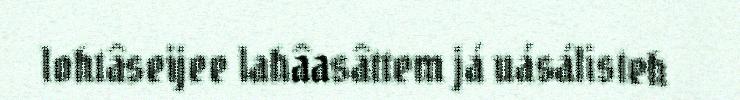
lohtâseijee lahâasâttem já uásálisteh